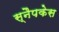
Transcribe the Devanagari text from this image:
स्नैपकेस